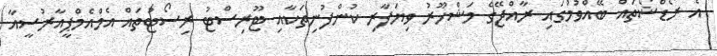
އެ ރޯޑްޝޯތައް ބޭއްވުމުގައި ރާއްޖޭގެ މަޝްހޫރު ވިޔަފާރި ކުންފުނިތަކާއި ޓޫރިސްޓު ރިސޯޓުތައް އެމްއެމްޕީއާރުސީއާ